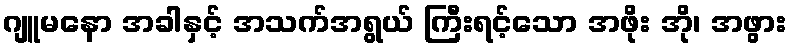
ဂျူမနော အခါနှင့် အသက်အရွယ် ကြီးရင့်သော အဖိုး အို၊ အဖွား